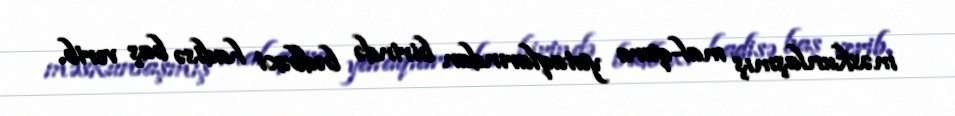
məskunlaşmış mal-qara yataqlarından birində bədbəxt hadisə baş verib.